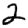
Digit: 2